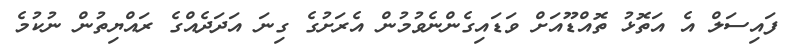
ފައިސަލް އެ އަތޮޅު ތޮއްޑޫއަށް ވަޑައިގެންނެވުމުން އެރަށުގެ ގިނަ އަދަދެއްގެ ރައްޔިތުން ނުކުމެ